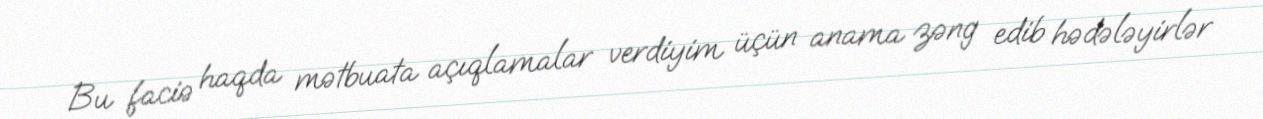
Bu faciə haqda mətbuata açıqlamalar verdiyim üçün anama zəng edib hədələyirlər